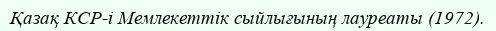
Қазақ КСР-і Мемлекеттік сыйлығының лауреаты (1972).